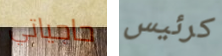
حاجياتي كرئيس